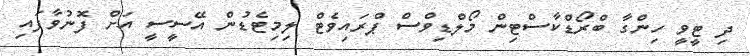
ދި ޓީވީ ހިންގާ ބްރޯޑްކާސްޓިން މޯލްޑިވްސް ޕްރައިވެޓް ލިމިޓެޑުން އޭސީސީ އަށް ފޮނުވާފައި